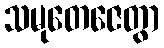
သမုတေဇေတွာ